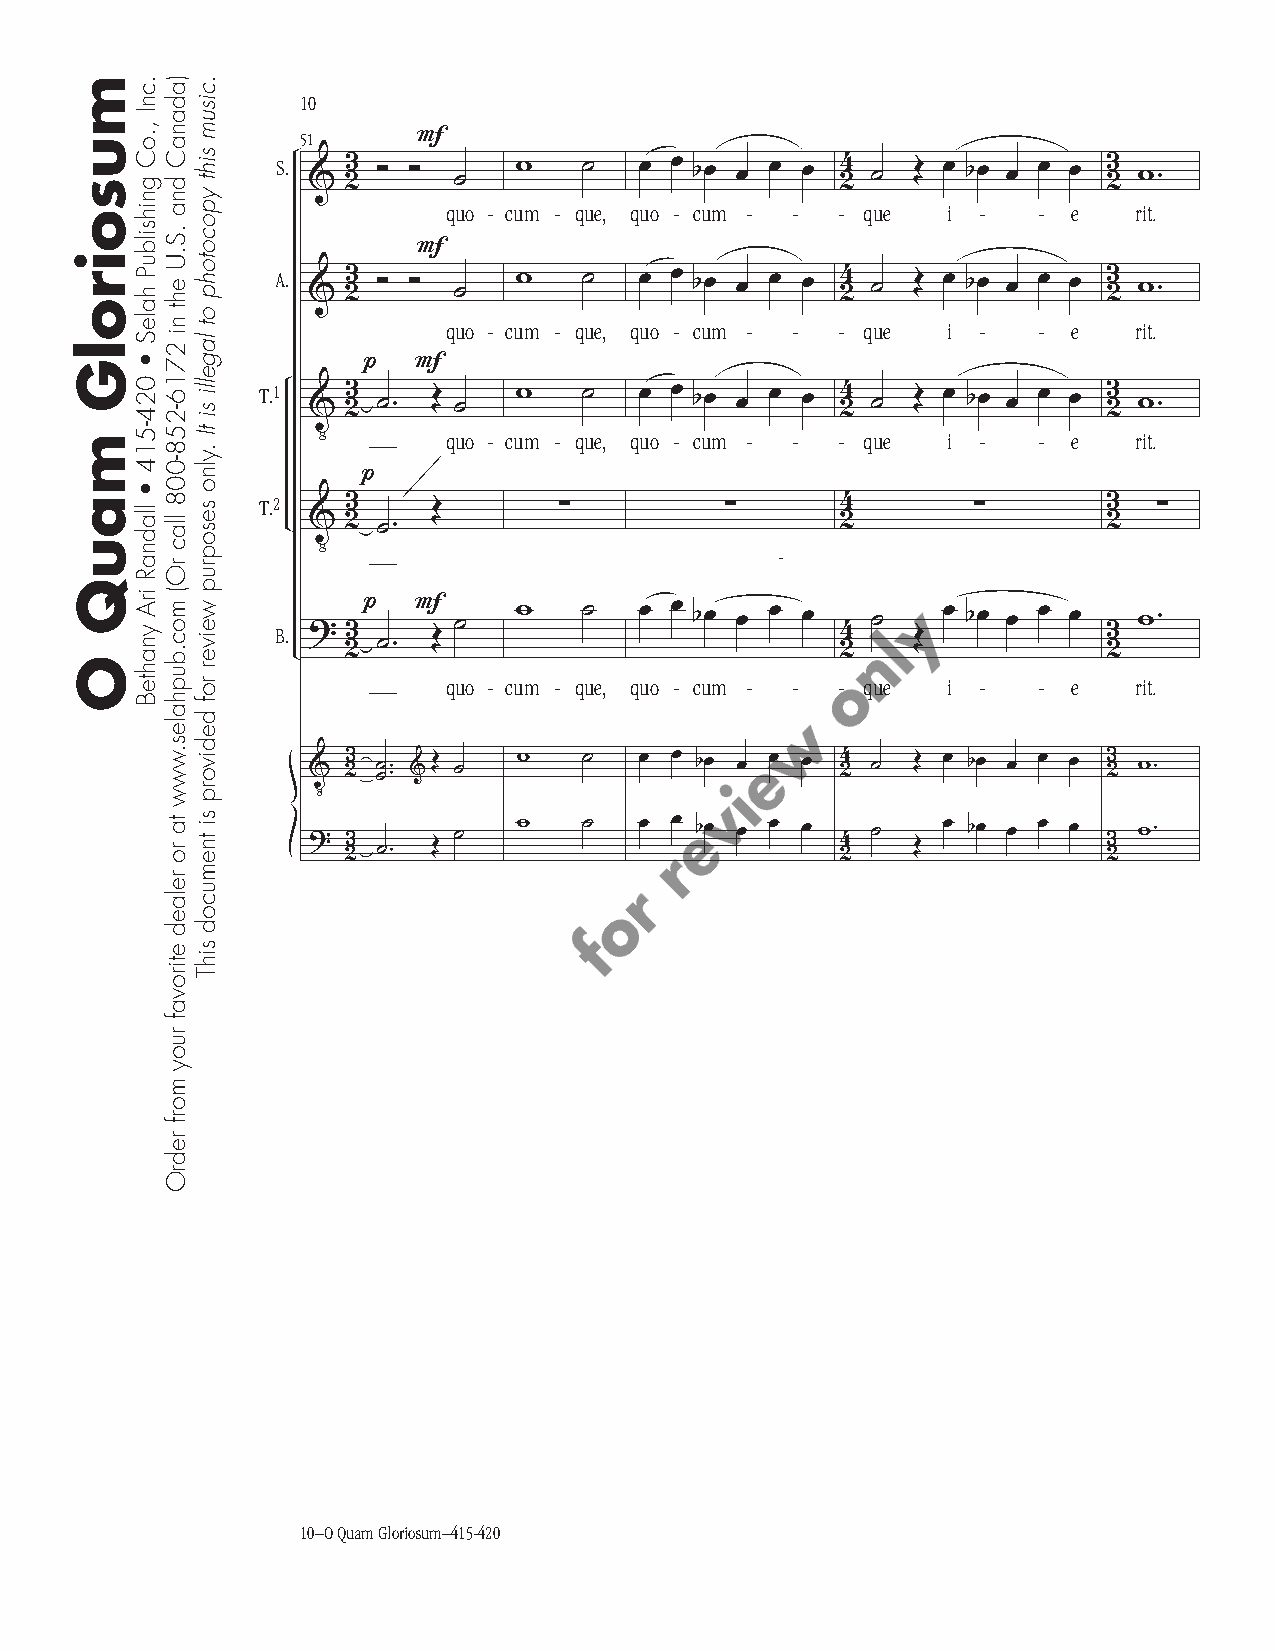
98                                                         8
 10
 51      F
 S. & 23 Ó Ó ˙   w    ˙  œ œ bœ œ œ œ  24 ˙ Œ œ bœ œ œ œ 23 w.
 quo - cum - que, quo - cum - - - que i - - e  rit.
 F
 A. & 23 Ó Ó ˙   w    ˙  œ œ bœ œ œ œ  24 ˙ Œ œ bœ œ œ œ 23 w.
 quo - cum - que, quo - cum - - - que i - - e  rit.
 p  F
 T.1 V 23 ˙. Œ ˙  w    ˙  œ œ bœ œ œ œ  24 ˙ Œ œ bœ œ œ œ 23 w.
 quo - cum - que, quo - cum - - - que i - - e  rit.
 p
 T.2   3                                4                3 Œ ∑ ∑ ∑ ∑
 V  2  .                             2                2
 ˙
 -
 B. ? 3p  F  ˙   w    ˙  œ œ bœ œ œ œ  4 ˙   œ bœ œ œ œ 3 w.
 2 ˙.  Œ                          2   Œ            2
 quo - cum - que, quo - cum - - - que i - - e  rit.
 V  23 ˙ ˙. . & Œ ˙ w ˙ œ œ bœ œ œ œ 24 ˙ Œ œ bœ œ œ œ 23 w.
 ?  3      ˙   w    ˙  œ œ bœ œ œ œ  4 ˙   œ bœ œ œ œ 3 w. 2 ˙. Œ 2 Œ 2
 10–O Quam Gloriosum–415-420
 musoirolG
 mauQ
 O
 .cnI
 ,.oC
 gnihsilbuP
 haleS
 •
 024-514
 •
 lladnaR
 irA
 ynahteB
 )adanaC
 dna
 .S.U
 eht
 ni
 2716-258-008
 llac
 rO(
 moc.buphales.www
 ta ro
 relaed
 etirovaf
 ruoy
 morf
 redrO
 .cisum
 siht
 ypocotohp
 ot
 lagelli
 si
 tI
 .ylno
 sesoprup
 weiver
 rof
 dedivorp
 si tnemucod
 sihT